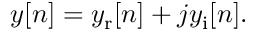
y [ n ] = y _ { \mathrm { r } } [ n ] + j y _ { \mathrm { i } } [ n ] .